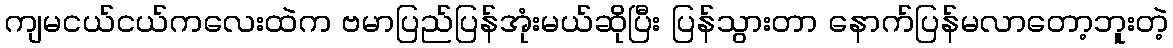
ကျမငယ်ငယ်ကလေးထဲက ဗမာပြည်ပြန်အုံးမယ်ဆိုပြီး ပြန်သွားတာ နောက်ပြန်မလာတော့ဘူးတဲ့